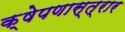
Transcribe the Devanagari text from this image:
क्षेपणास्त्रार